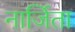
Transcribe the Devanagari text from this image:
नार्जिता